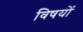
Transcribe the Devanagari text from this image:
विषयोंं